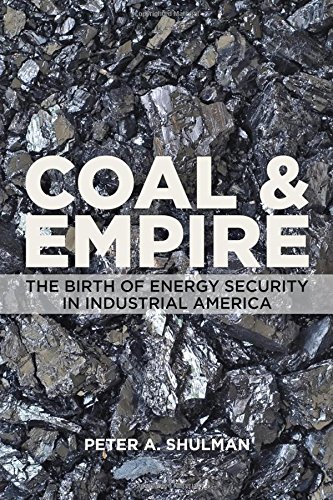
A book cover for Coal and Empire: The Birth of Energy Security in Industrial America; Peter A. Shulman; Business & Money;